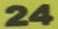
24